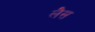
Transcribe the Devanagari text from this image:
लेैस